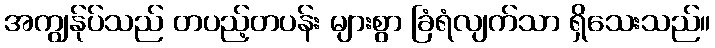
အကျွန်ုပ်သည် တပည့်တပန်း များစွာ ခြံရံလျက်သာ ရှိသေးသည်။